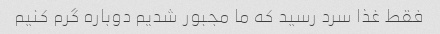
فقط غذا سرد رسید که ما مجبور شدیم دوباره گرم کنیم